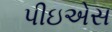
પીઇએસ